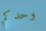
وحدكم